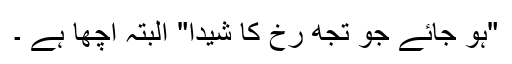
"ہو جائے جو تجھ رخ کا شیدا" البتہ اچھا ہے ۔